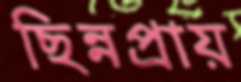
ছিন্নপ্রায়